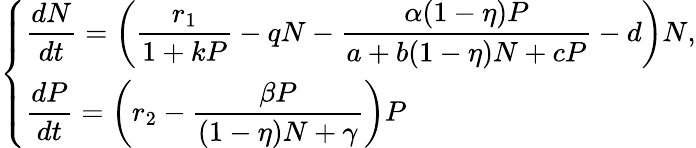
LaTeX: \left\{ \begin{array}{ll}{\displaystyle\frac{dN}{dt}=\left(\displaystyle\frac{r_{1}}{1+kP}-qN-\displaystyle\frac{\alpha(1-\eta)P}{a+b(1-\eta)N+cP}-d\right)N,}\\ {\displaystyle\frac{dP}{dt}=\left(r_{2}-\displaystyle\frac{\beta P}{(1-\eta)N+\gamma}\right)P}\end{array}\right.